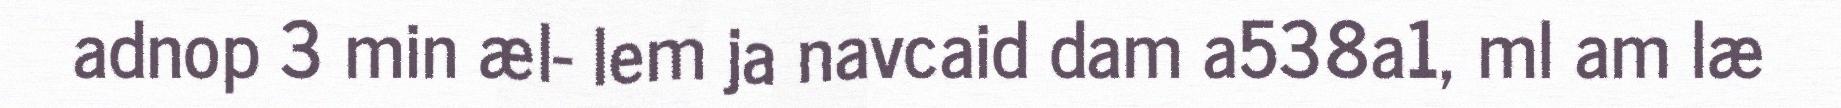
adnop 3 min æl- lem ja navcaid dam a538a1, ml am læ